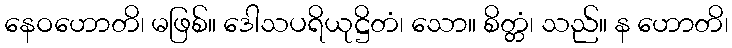
နေဝဟောတိ၊ မဖြစ်။ ဒေါသပရိယုဋ္ဌိတံ၊ သော။ စိတ္တံ၊ သည်။ န ဟောတိ၊